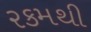
રકમથી